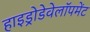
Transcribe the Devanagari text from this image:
हाइड्रोडेवेलॉपमेंट